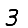
Digit: 3